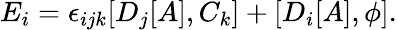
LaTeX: E_{i}=\epsilon_{ijk}[D_{j}[A],C_{k}]+[D_{i}[A],\phi].